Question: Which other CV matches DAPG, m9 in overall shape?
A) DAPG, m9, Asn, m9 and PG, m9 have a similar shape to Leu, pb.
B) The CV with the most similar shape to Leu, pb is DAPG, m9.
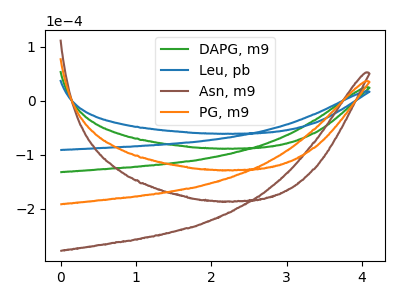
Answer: <think>The green curve "DAPG, m9" has no peaks. The blue curve "Leu, pb" has no peaks. The brown curve "Asn, m9" has no peaks. The orange curve "PG, m9" has no peaks.
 Neither "DAPG, m9" or "Leu, pb" have any peaks. Neither "DAPG, m9" or "Asn, m9" have any peaks. Neither "DAPG, m9" or "PG, m9" have any peaks. Neither "Leu, pb" or "Asn, m9" have any peaks. Neither "Leu, pb" or "PG, m9" have any peaks. Neither "Asn, m9" or "PG, m9" have any peaks.</think>
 <answer>A) "DAPG, m9", "Asn, m9" and "PG, m9" have a similar shape to "Leu, pb".</answer>
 <eval>A</eval>